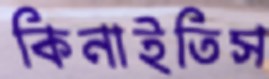
কিনাইতিস